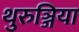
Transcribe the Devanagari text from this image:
थुरुञ्जिया